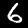
Label: 6